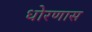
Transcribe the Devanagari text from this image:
धोरणास